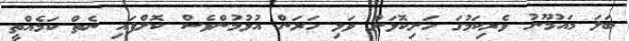
ބަލަ މައުމޫނު ވެރިކަމުގަ ހަށިކޮޅަށް ވަޅި ހަރަން އުޅުމުންވެސް ކޮށްފައި ނެތް ކަމެއްތީ